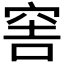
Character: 𥥭